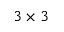
3 \times 3